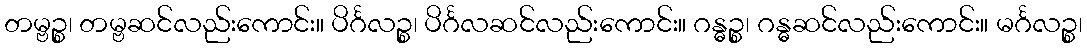
တမ္ဗဉ္စ၊ တမ္ဗဆင်လည်းကောင်း။ ပိင်္ဂလဉ္စ၊ ပိင်္ဂလဆင်လည်းကောင်း။ ဂန္ဓဉ္စ၊ ဂန္ဓဆင်လည်းကောင်း။ မင်္ဂလဉ္စ၊